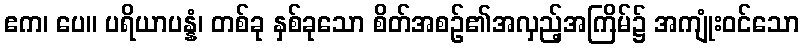
ဧက၊ ပေ။ ပရိယာပန္နံ၊ တစ်ခု နှစ်ခုသော စိတ်အစဉ်၏အလှည့်အကြိမ်၌ အကျုံးဝင်သော